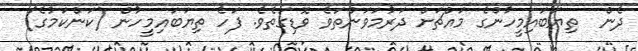
ދެން  ތިޔަބައިމީހުންގެ މައްޗަށް ދަރުމަވަންތަވެ ވޮޑިގަތެވެ. ފަހެ ތިޔަބައިމީހުން (ކަންކަމުގެ)